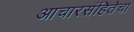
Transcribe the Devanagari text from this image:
आचारसंहितेचा